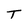
Character: T